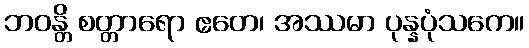
ဘဝန္တိ စတ္တာရော ဧတေ၊ အဿမာ ပုန္နပုံသကေ။